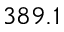
3 8 9 . 1